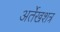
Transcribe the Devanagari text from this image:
अर्तेखशत्र